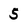
Character: 5